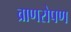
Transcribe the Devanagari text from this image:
व्राणरोपण